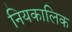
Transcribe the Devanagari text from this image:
नियकालिक